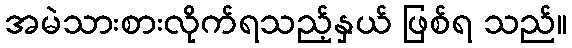
အမဲသားစားလိုက်ရသည့်နှယ် ဖြစ်ရ သည်။